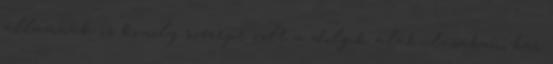
államnak is komoly szerepe volt a dolgok alakulásában, bár